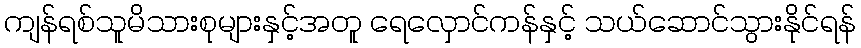
ကျန်ရစ်သူမိသားစုများနှင့်အတူ ရေလှောင်ကန်နှင့် သယ်ဆောင်သွားနိုင်ရန်